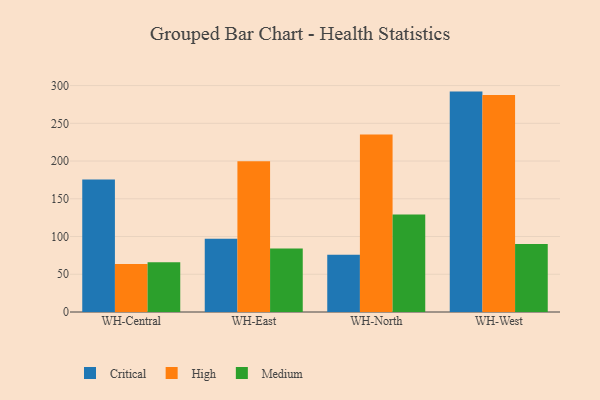
{"axis": {"x": "Warehouse", "y": "Tickets Resolved"}, "legend": ["Critical", "High", "Medium"], "data": [{"x": "WH-Central", "y": 175.5, "type": "Critical"}, {"x": "WH-Central", "y": 63.5, "type": "High"}, {"x": "WH-Central", "y": 65.9, "type": "Medium"}, {"x": "WH-East", "y": 96.9, "type": "Critical"}, {"x": "WH-East", "y": 199.6, "type": "High"}, {"x": "WH-East", "y": 84.0, "type": "Medium"}, {"x": "WH-North", "y": 76.0, "type": "Critical"}, {"x": "WH-North", "y": 235.1, "type": "High"}, {"x": "WH-North", "y": 129.2, "type": "Medium"}, {"x": "WH-West", "y": 292.0, "type": "Critical"}, {"x": "WH-West", "y": 287.4, "type": "High"}, {"x": "WH-West", "y": 90.2, "type": "Medium"}]}